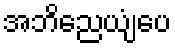
အဘိညေယျံပေ